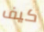
كيف